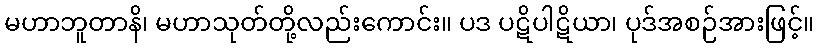
မဟာဘူတာနိ၊ မဟာသုတ်တို့လည်းကောင်း။ ပဒ ပဋိပါဋိယာ၊ ပုဒ်အစဉ်အားဖြင့်။